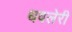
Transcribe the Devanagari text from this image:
धवलेरी